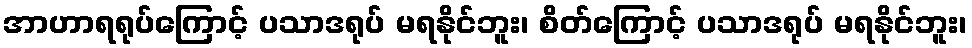
အာဟာရရုပ်ကြောင့် ပသာဒရုပ် မရနိုင်ဘူး၊ စိတ်ကြောင့် ပသာဒရုပ် မရနိုင်ဘူး၊